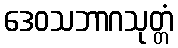
ဒေဝသဘာဂသုတ္တံ